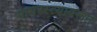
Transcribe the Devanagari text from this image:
पायरस्त्यावरून